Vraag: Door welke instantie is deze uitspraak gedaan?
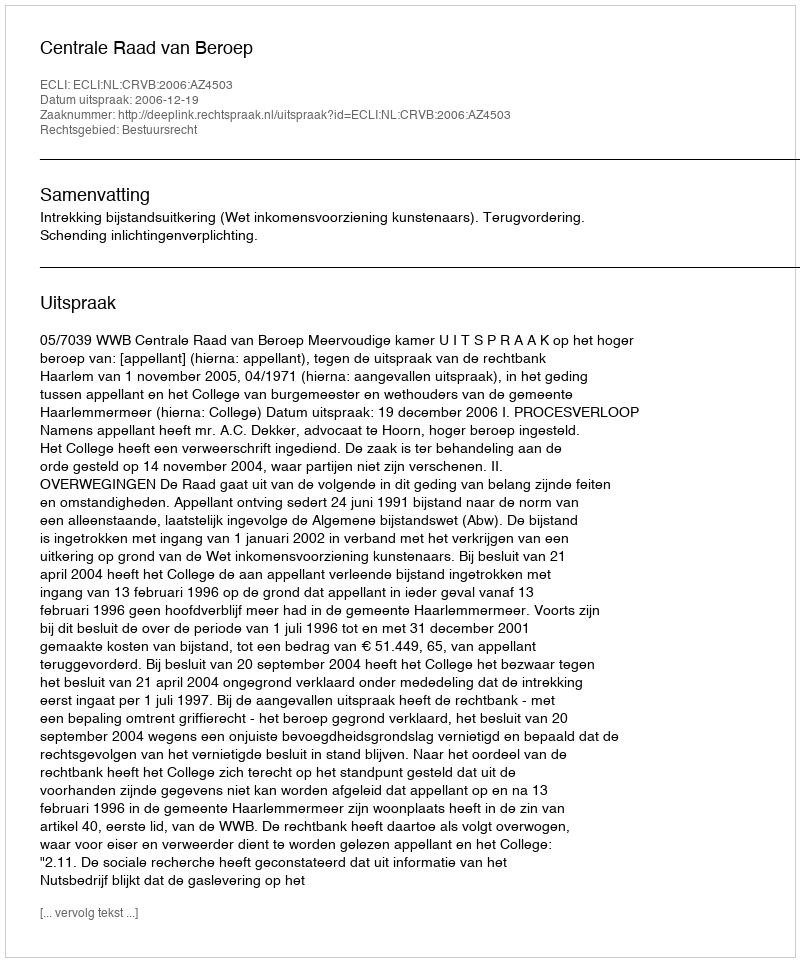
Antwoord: Centrale Raad van Beroep